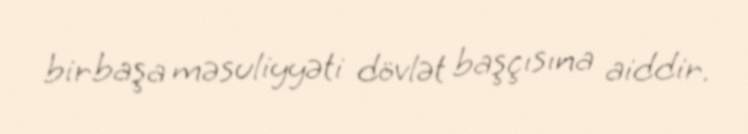
birbaşa məsuliyyəti dövlət başçısına aiddir.